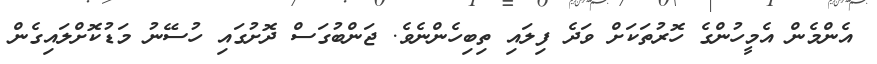
އެންމެން އެމީހުންގެ ހޮރުތަކަށް ވަދެ ފިލައި ތިބިހެންނެވެ. ޖަންބުގަސް ދޮށުގައި ހުސޭނު މަޑުކޮށްލައިގެން